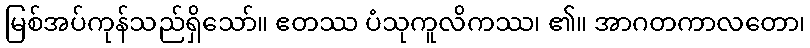
မြစ်အပ်ကုန်သည်ရှိသော်။ ဧတဿ ပံသုကူလိကဿ၊ ၏။ အာဂတကာလတော၊